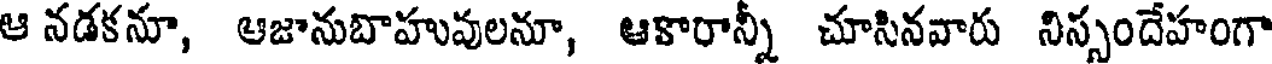
ఆ నడకనూ, ఆజానుబాహువులనూ, ఆకారాన్నీ చూసినవారు నిస్సందేహంగా